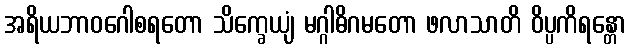
အရိယဘာဝဂေါစရတော သိက္ခေယျံ မဂ္ဂါဓိဂမတော ဖလာသာတိ ဝိပ္ပကိရန္တော